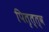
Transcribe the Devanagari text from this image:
पितृत्त्व